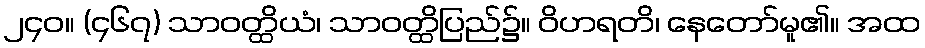
၂၄၀။ (၄၆၇) သာဝတ္ထိယံ၊ သာဝတ္ထိပြည်၌။ ဝိဟရတိ၊ နေတော်မူ၏။ အထ